59_64634_711.5612[7-2852
Agency: Department of State
Incident date: 7/18/52
Page 1
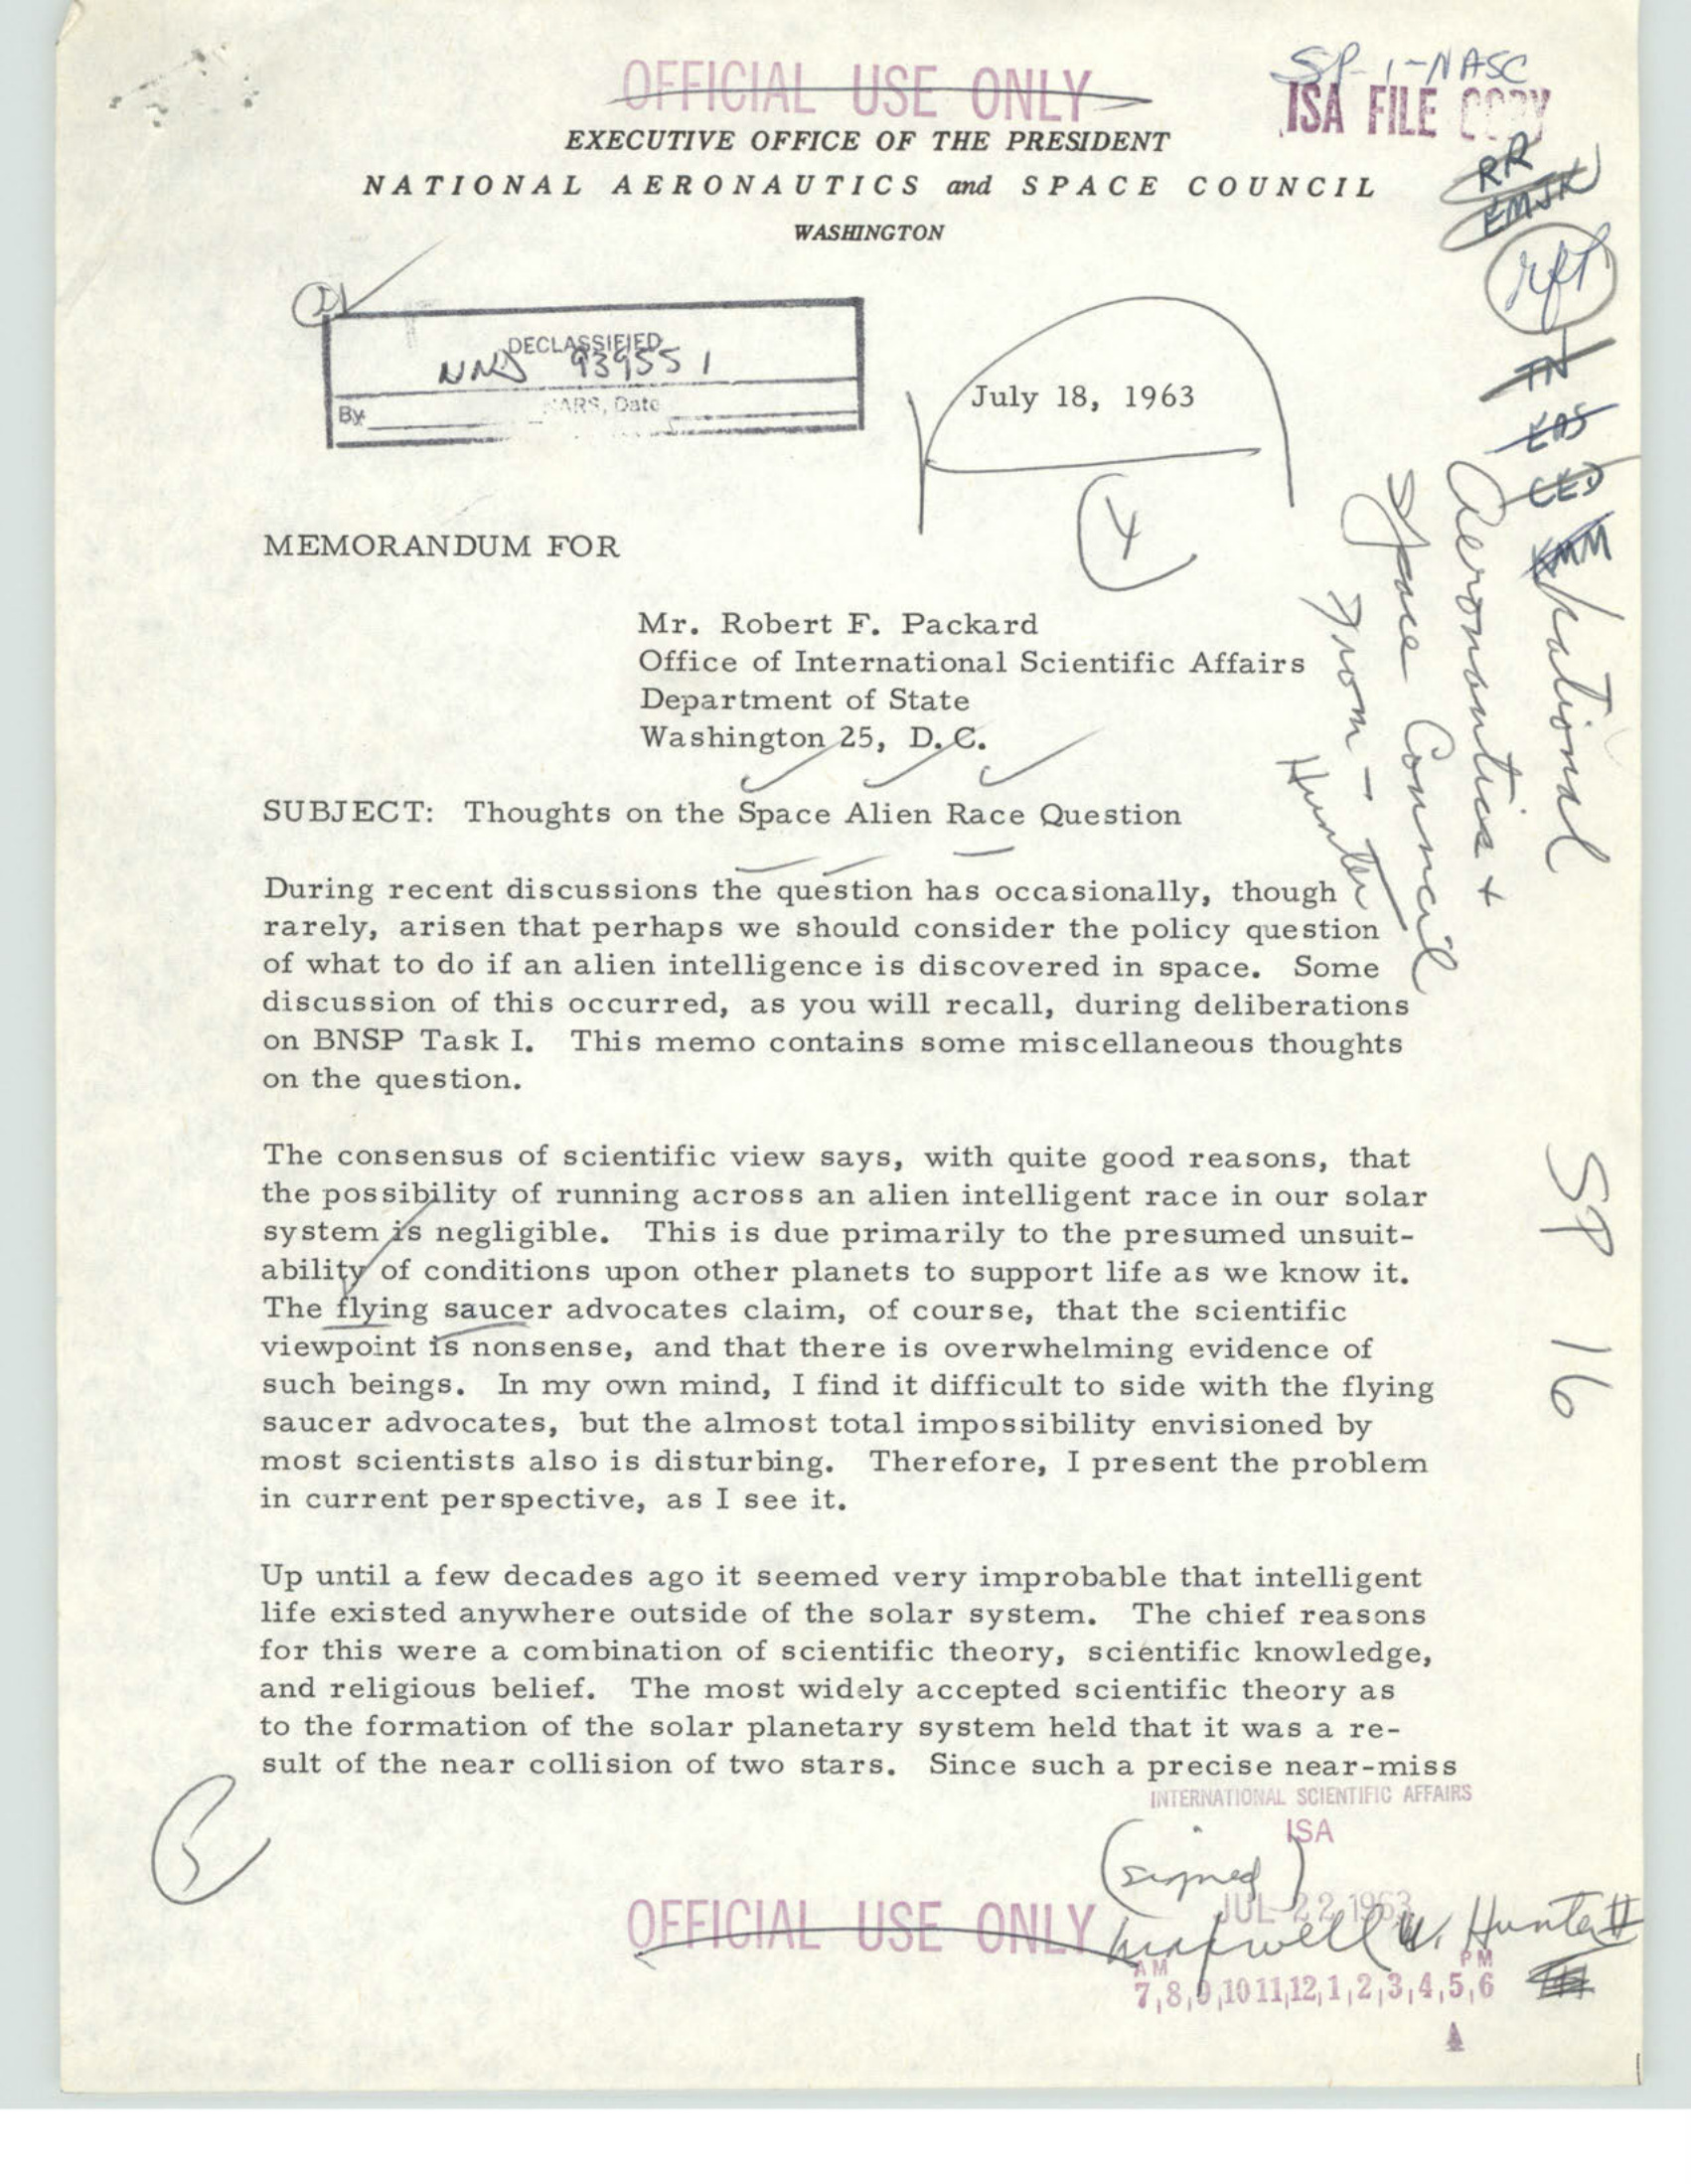